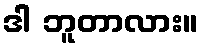
ဒါ ဘူတာလား။